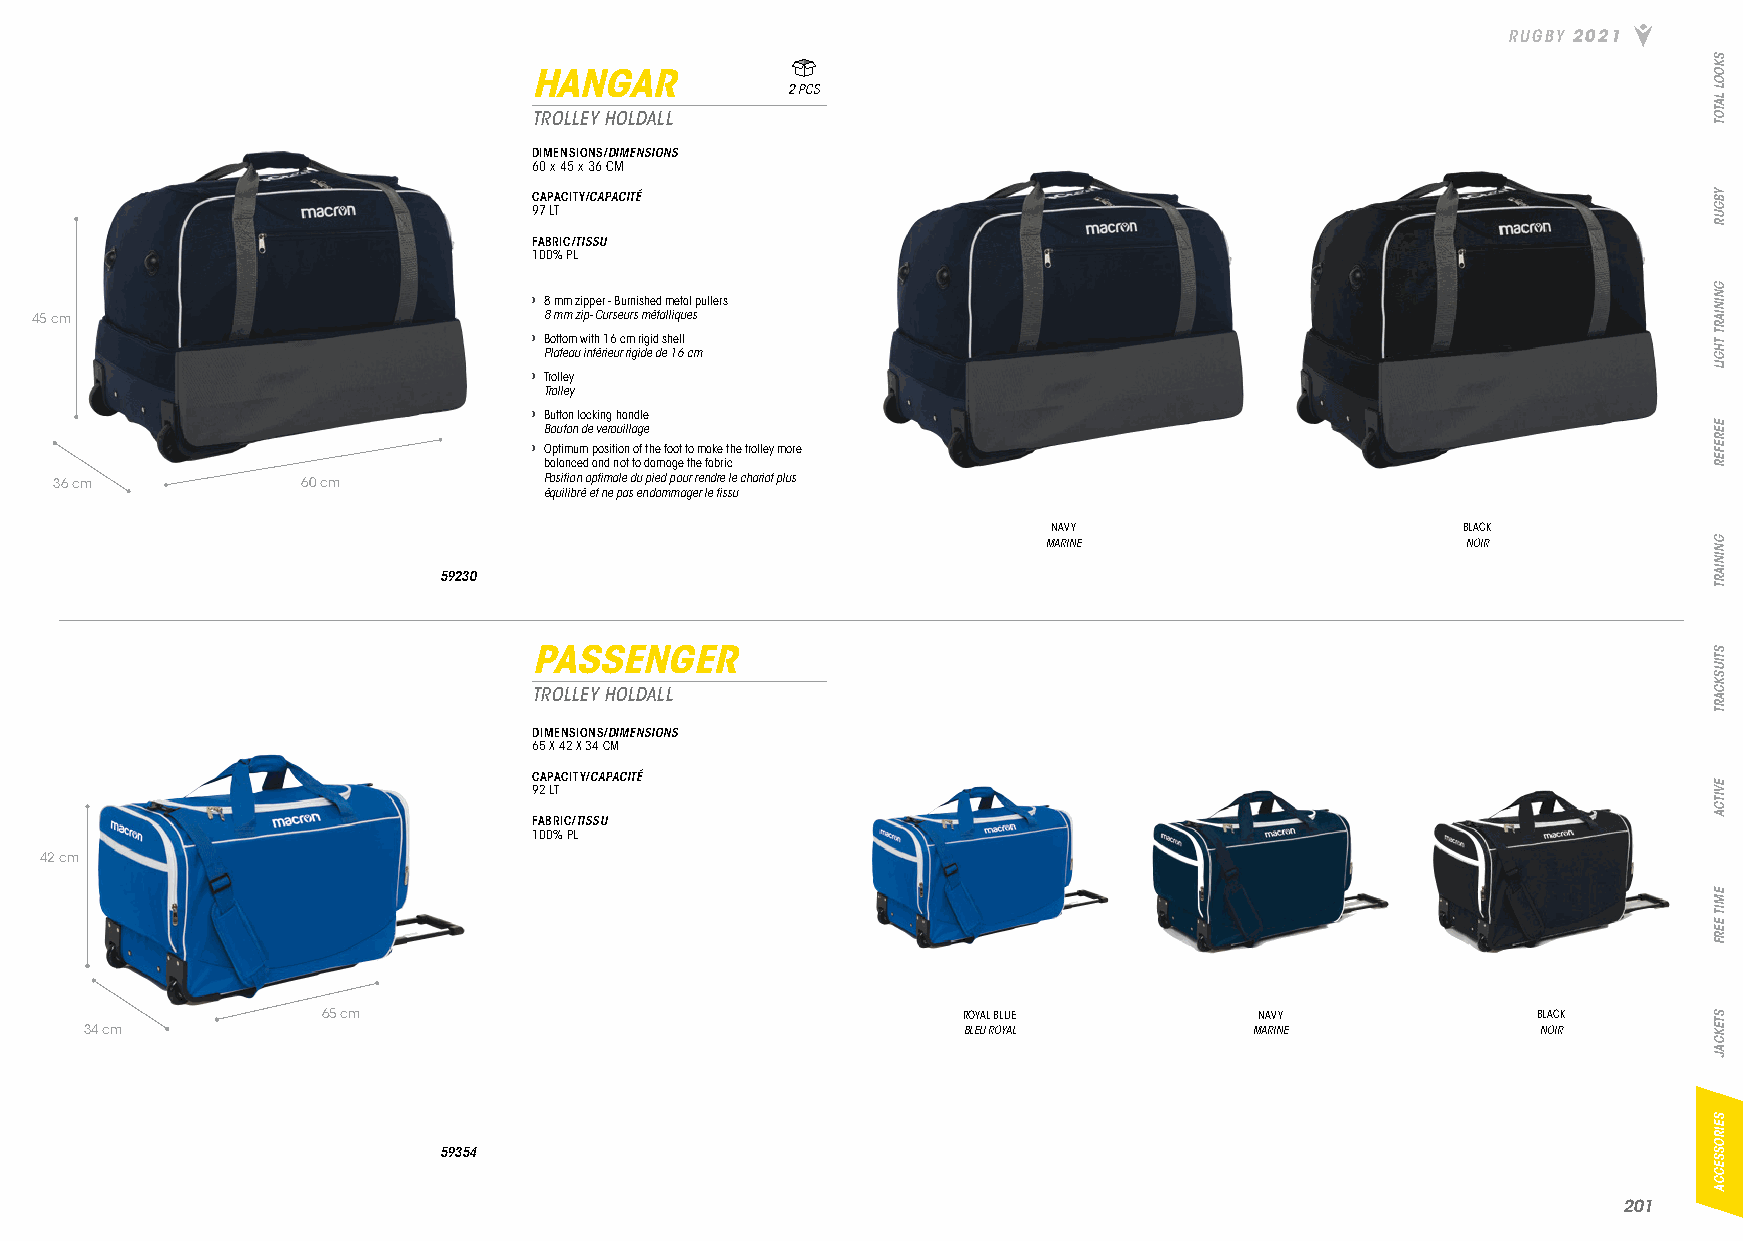
RUGBY 2021
 HANGAR
 2 PCS
 TROLLEY HOLDALL
 DIMENSIONS/DIMENSIONS
 60 x 45 x 36 CM
 CAPACITY/CAPACITÉ
 97 LT
 FABRIC/TISSU
 100% PL
 › 8 mm zipper - Burnished metal pullers
 45 cm                             8 mm zip- Curseurs métalliques
 › Bottom with 16 cm rigid shell
 Plateau intérieur rigide de 16 cm
 › Trolley
 Trolley
 › Button locking handle
 Bouton de verouillage
 › Optimum position of the foot to make the trolley more
 balanced and not to damage the fabric
 36 cm           60 cm           Position optimale du pied pour rendre le chariot plus
 équilibré et ne pas endommager le tissu
 NAVY                       BLACK
 MARINE                      NOIR
 59230
 PASSENGER
 TROLLEY HOLDALL
 DIMENSIONS/DIMENSIONS
 65 X 42 X 34 CM
 CAPACITY/CAPACITÉ
 92 LT
 FABRIC/TISSU
 100% PL
 42 cm
 65 cm                                      ROYAL BLUE         NAVY               BLACK
 34 cm                                                     BLEU ROYAL         MARINE             NOIR
 59354
 220011
 SKOOL
 LATOT
 YBGUR
 GNINIART
 THGIL
 EEREFER
 GNINIART
 STIUSKCART
 EVITCA
 EMIT
 EERF
 STEKCAJ
 SEIROSSECCA